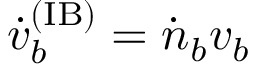
\ensuremath { \dot { v } _ { b } ^ { \mathrm { ( I B ) } } } = \dot { n } _ { b } v _ { b }